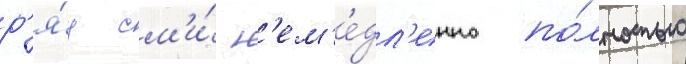
р'я́д см'и́ н'ем'е́дл'енно по́лностью